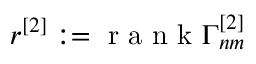
r ^ { [ 2 ] } : = \mathrm { ~ r ~ a ~ n ~ k ~ } \Gamma _ { n m } ^ { [ 2 ] }